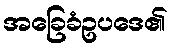
အခြေခံဥပဒေ၏